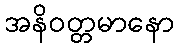
အနိဝတ္တမာနော